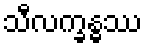
သီလက္ခန္ဓဿ